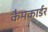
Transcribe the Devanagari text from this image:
कैमकार्डर